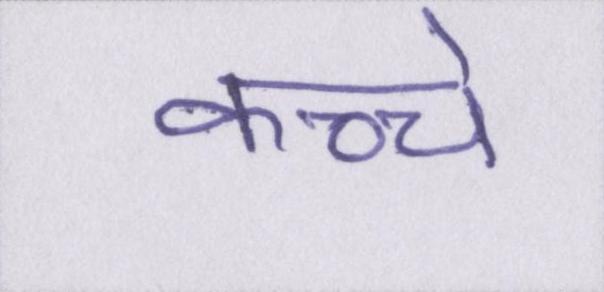
कच्चे